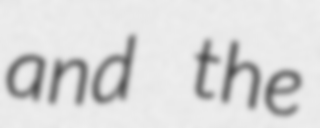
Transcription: and the